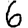
Digit: 6